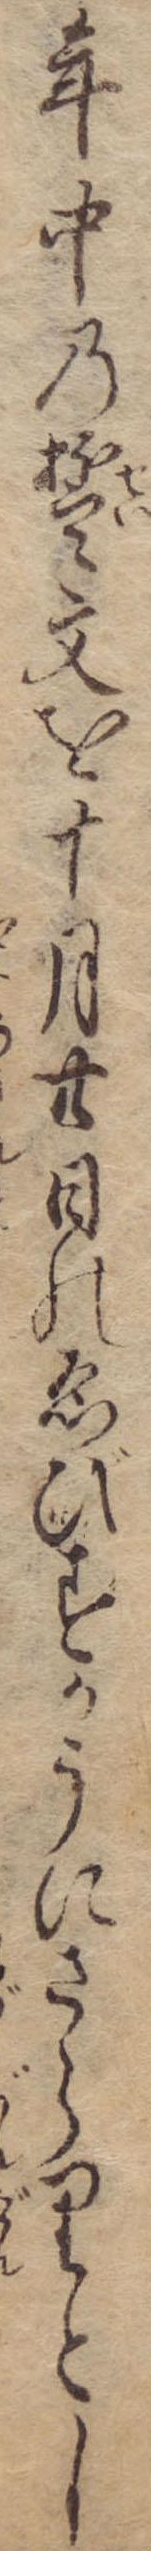
年中の誓文を十月廿日のゑびすかうにさらりとし